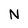
Character: N